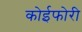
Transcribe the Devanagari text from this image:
कोईफोरी